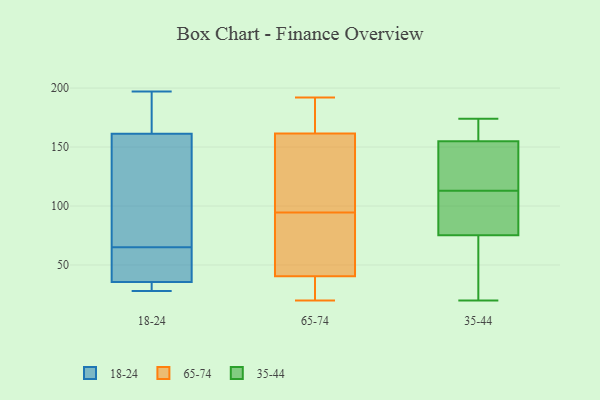
{"axis": {"x": "Revenue (USD Million)", "y": "Value"}, "legend": ["18-24", "35-44", "65-74"], "data": [{"x": "", "y": 37, "type": "18-24"}, {"x": "", "y": 112, "type": "18-24"}, {"x": "", "y": 36, "type": "18-24"}, {"x": "", "y": 28, "type": "18-24"}, {"x": "", "y": 30, "type": "18-24"}, {"x": "", "y": 88, "type": "18-24"}, {"x": "", "y": 161, "type": "18-24"}, {"x": "", "y": 34, "type": "18-24"}, {"x": "", "y": 162, "type": "18-24"}, {"x": "", "y": 197, "type": "18-24"}, {"x": "", "y": 175, "type": "18-24"}, {"x": "", "y": 55, "type": "18-24"}, {"x": "", "y": 65, "type": "18-24"}, {"x": "", "y": 187, "type": "65-74"}, {"x": "", "y": 53, "type": "65-74"}, {"x": "", "y": 155, "type": "65-74"}, {"x": "", "y": 26, "type": "65-74"}, {"x": "", "y": 126, "type": "65-74"}, {"x": "", "y": 114, "type": "65-74"}, {"x": "", "y": 51, "type": "65-74"}, {"x": "", "y": 20, "type": "65-74"}, {"x": "", "y": 65, "type": "65-74"}, {"x": "", "y": 192, "type": "65-74"}, {"x": "", "y": 30, "type": "65-74"}, {"x": "", "y": 160, "type": "65-74"}, {"x": "", "y": 163, "type": "65-74"}, {"x": "", "y": 174, "type": "65-74"}, {"x": "", "y": 24, "type": "65-74"}, {"x": "", "y": 75, "type": "65-74"}, {"x": "", "y": 68, "type": "35-44"}, {"x": "", "y": 174, "type": "35-44"}, {"x": "", "y": 75, "type": "35-44"}, {"x": "", "y": 20, "type": "35-44"}, {"x": "", "y": 71, "type": "35-44"}, {"x": "", "y": 102, "type": "35-44"}, {"x": "", "y": 155, "type": "35-44"}, {"x": "", "y": 160, "type": "35-44"}, {"x": "", "y": 173, "type": "35-44"}, {"x": "", "y": 76, "type": "35-44"}, {"x": "", "y": 148, "type": "35-44"}, {"x": "", "y": 99, "type": "35-44"}, {"x": "", "y": 31, "type": "35-44"}, {"x": "", "y": 145, "type": "35-44"}, {"x": "", "y": 104, "type": "35-44"}, {"x": "", "y": 155, "type": "35-44"}, {"x": "", "y": 113, "type": "35-44"}, {"x": "", "y": 171, "type": "35-44"}, {"x": "", "y": 155, "type": "35-44"}]}